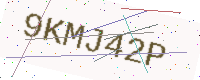
Text: 9KMJ42P